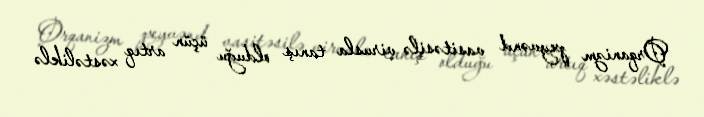
Orqanizm peyvənd vasitəsilə virusla tanış olduğu üçün artıq xəstəliklə